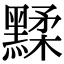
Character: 𪑶